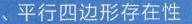
（1）判断下列方程是否是“勾系一元二次方程”：
\textcircled{1}\(2x^{2}+\sqrt{5}x + 1 = 0\) \underline{  }（填“是”或“不是”）；
\textcircled{2}\(3x^{2}+5\sqrt{2}x + 4 = 0\) \underline{  }（填“是”或“不是”）